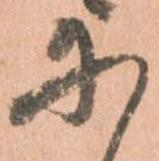
に